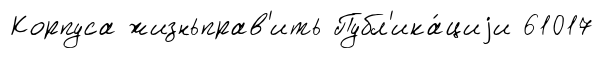
Корпуса жизньправ'ить Публ'ика́циjи 61017